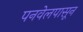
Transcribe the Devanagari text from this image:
पनवेलपासून